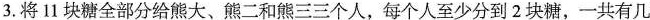
3.将11块糖全部分给熊大、熊二和熊三三个人，每个人至少分到2块糖，一共有几